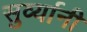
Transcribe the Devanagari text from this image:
सुर्व्यानी